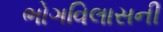
ભોગવિલાસની